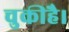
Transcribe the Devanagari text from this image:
चुकीहै।